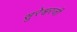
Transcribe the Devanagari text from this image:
सुरेश्वरजी